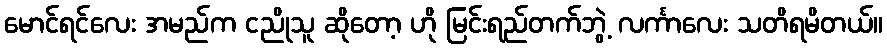
မောင်ရင်လေး အမည်က ငညိုသူ ဆိုတော့ ဟို မြင်းရည်တက်ဘွဲ့ လင်္ကာလေး သတိရမိတယ်။